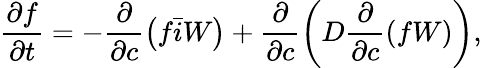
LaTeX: \frac{\partial f}{\partial t}=-\frac{\partial}{\partial c}\left(f\bar{i}W\right)+\frac{\partial}{\partial c}\left(D\frac{\partial}{\partial c}\left(fW\right)\right),